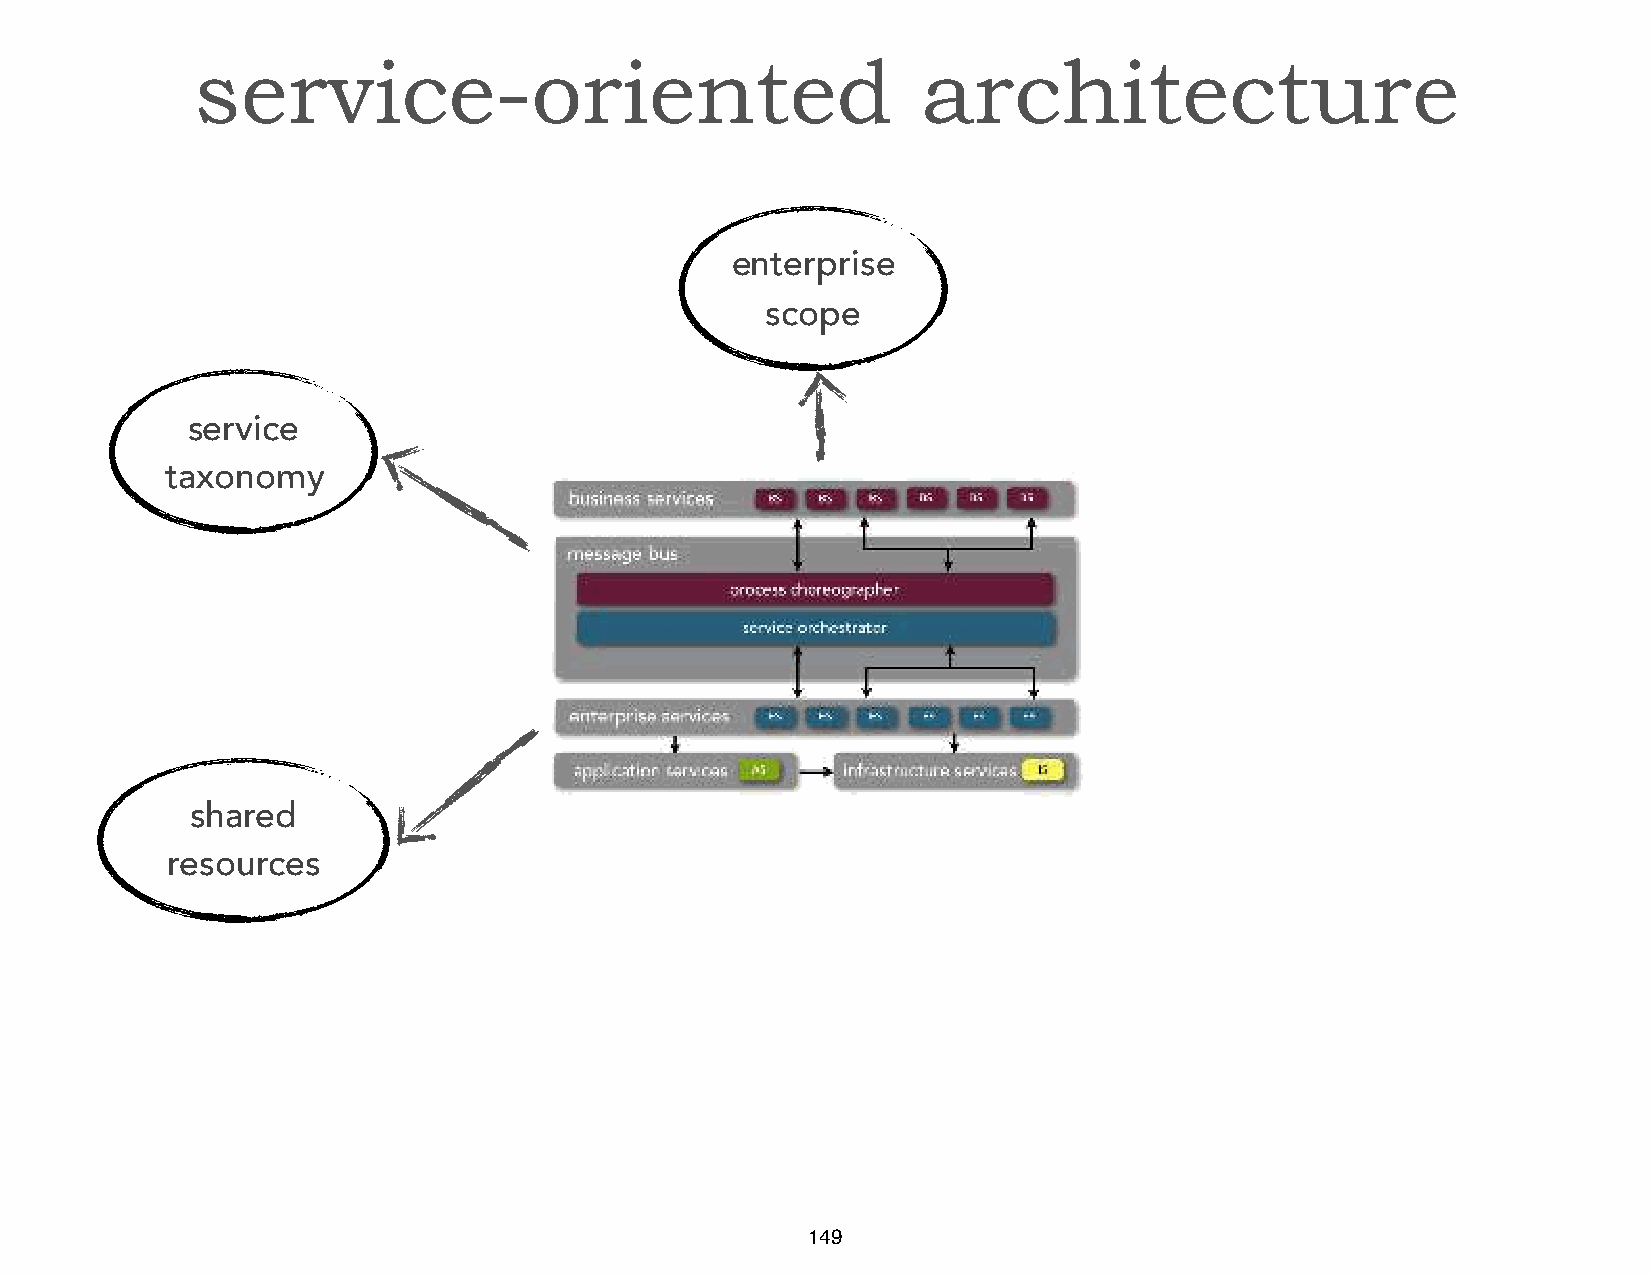
service-oriented                                architecture
 enterprise
 scope
 service
 taxonomy
 shared
 resources
 149